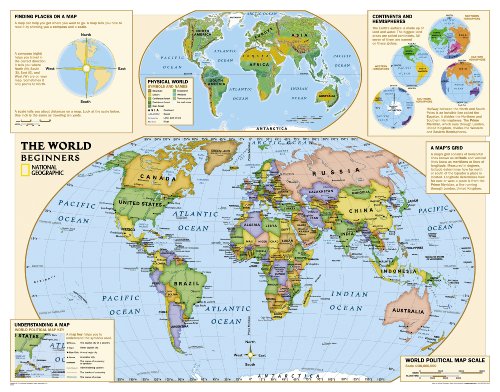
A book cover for Kids Beginners World Education: Grades K-3 [Laminated] (National Geographic Reference Map); National Geographic Maps - Reference; Reference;